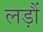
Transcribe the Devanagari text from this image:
लड़ौं